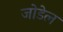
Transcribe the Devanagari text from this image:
जोडेल